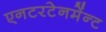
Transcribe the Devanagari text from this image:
एनटरटेनमेंन्ट